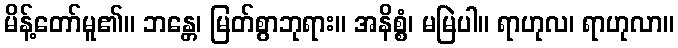
မိန့်တော်မူ၏။ ဘန္တေ၊ မြတ်စွာဘုရား။ အနိစ္စံ၊ မမြဲပါ။ ရာဟုလ၊ ရာဟုလာ။